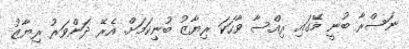
ނަސްރާ ބުނީ މޭގައި ރިއްސާ ވާހަކަ ރިޔާޒު ބުނިކަމަށް. އެރޭ ދަންވަރު ރިޔާޒު